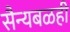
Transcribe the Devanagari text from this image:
सैन्यबळही